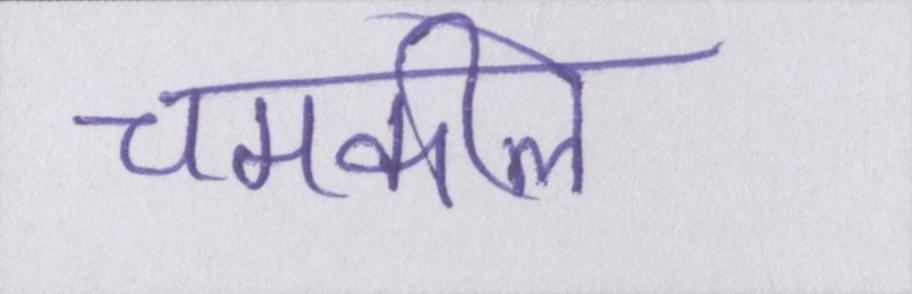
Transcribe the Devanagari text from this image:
चमकीले